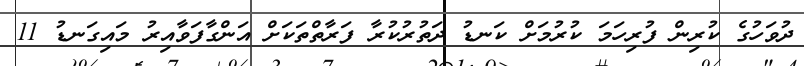
ދުވަހުގެ ކުރިން ފުރިހަމަ ކުރުމަށް ކަނޑު ދަތުރުކުރާ ފަރާތްތަކަށް އަންގާފަވާއިރު މައިގަނޑު 11